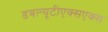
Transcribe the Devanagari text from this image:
डबल्यूटीएक्सएक्स